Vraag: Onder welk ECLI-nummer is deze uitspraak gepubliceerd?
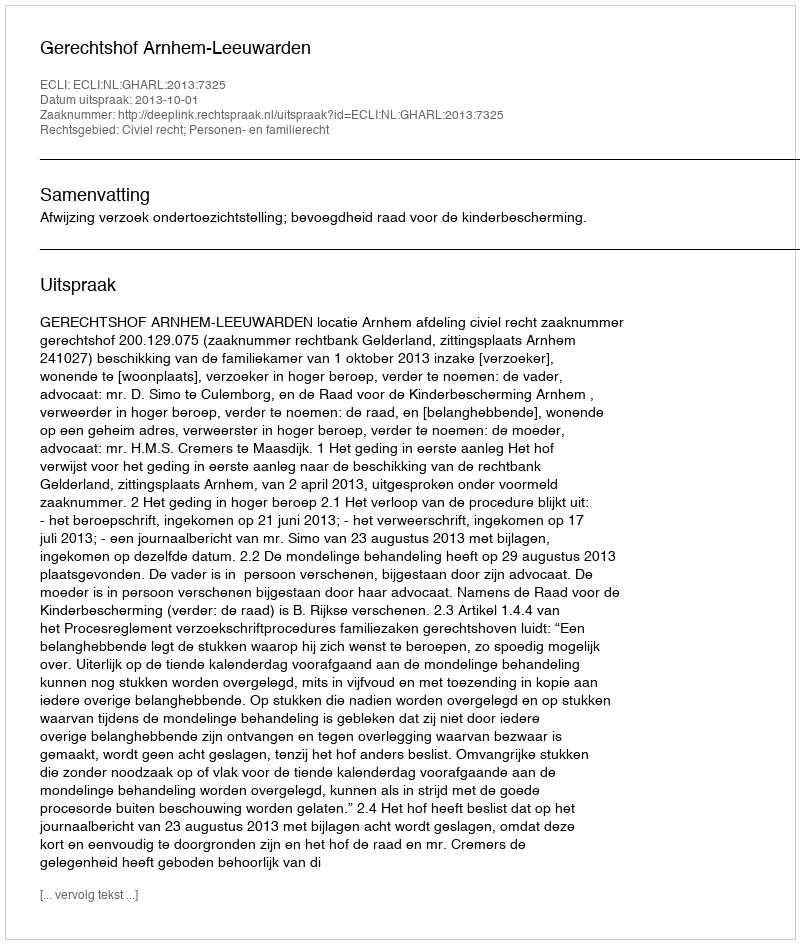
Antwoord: ECLI:NL:GHARL:2013:7325